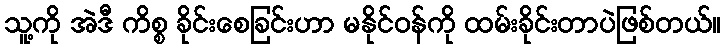
သူ့ကို အဲဒီ ကိစ္စ ခိုင်းစေခြင်းဟာ မနိုင်ဝန်ကို ထမ်းခိုင်းတာပဲဖြစ်တယ်။